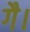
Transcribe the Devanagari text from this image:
गै।